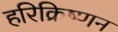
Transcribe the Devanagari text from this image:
हरिक्रिष्णन